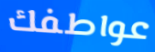
عواطفك